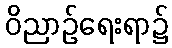
ဝိညာဉ်ရေးရာ၌